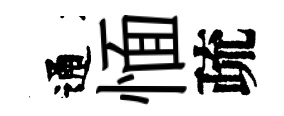
通愐疏